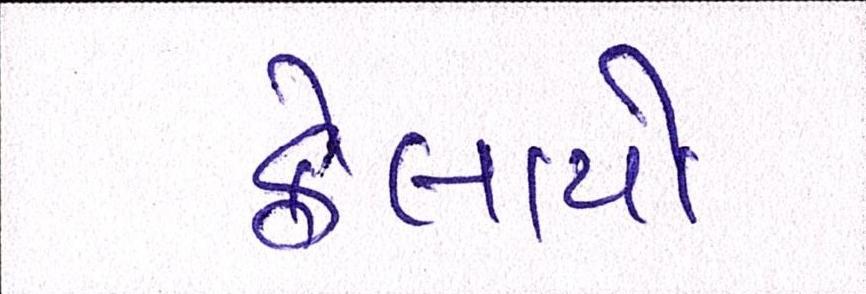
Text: ફેલાયો